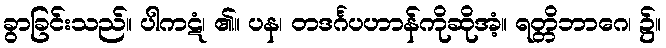
ခွာခြင်းသည်။ ပါကဋံ၊ ၏။ ပန၊ တဒင်္ဂပဟာန်ကိုဆိုအံ့။ ရတ္တိဘာဂေ၊ ၌။